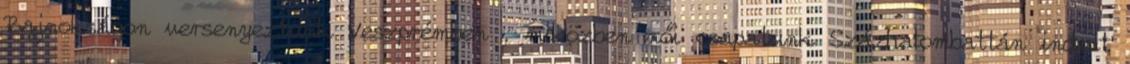
Bajnokságon versenyeztünk Veszprémben , miközben női csapatunk Százhalombattán indult